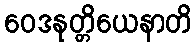
ဝေဒနုတ္တိယေနာတိ